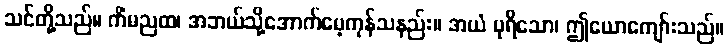
သင်တို့သည်။ ကိံမညထ၊ အဘယ်သို့အောက်မေ့ကုန်သနည်း။ အယံ ပုရိသော၊ ဤယောကျော်းသည်။